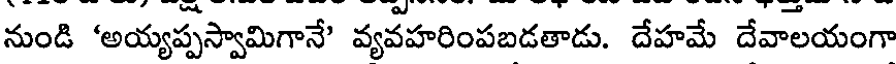
నుండి 'అయ్యప్పస్వామిగానే' వ్యవహరింపబడతాడు. దేహమే దేవాలయంగా